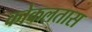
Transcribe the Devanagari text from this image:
कोकलतास